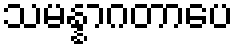
သမန္နာဂတာပေ